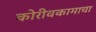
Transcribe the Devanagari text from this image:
कोरीवकामाचा